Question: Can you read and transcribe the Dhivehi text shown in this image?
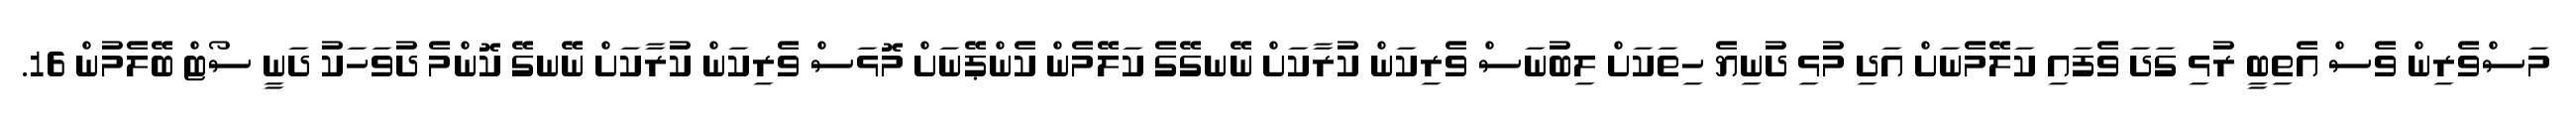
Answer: މަސްވެރިން ވެސް އެތިބީ ރުޅި ގަދަ ވެފައި ކަލޭމެނަށް އަދި މުޅި ދުނިޔެ ހިތަކަށް ލިބުނަސް ވެރިކަން ކުރާކަށް ނޭނގޭގެ ކަލޭމެން ކެންޕޭނަށް މޮޅަސް ވެރިކަން ކުރާކަށް ނޭނގޭ ކޮންމެ ދުވަހަކު ދަނީ ސޯޓް ބޭލެމުން 16.